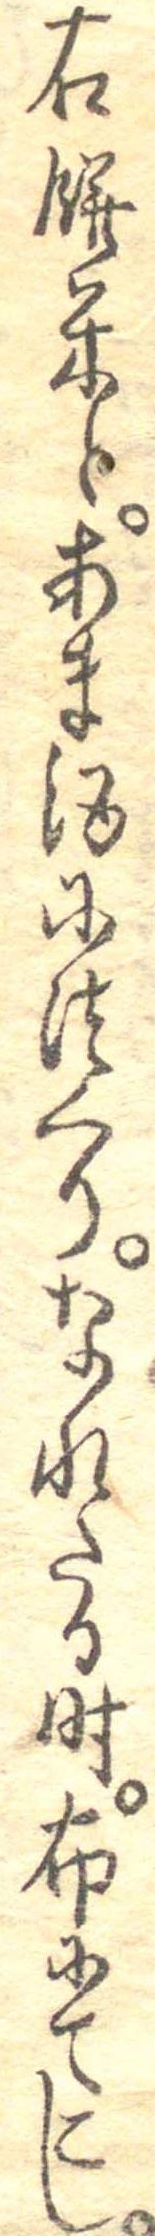
右餅米とあま酒につくりなれたる時布にてこし